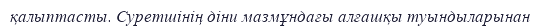
қалыптасты. Суретшінің діни мазмұндағы алғашқы туындыларынан